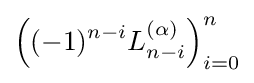
\left((-1)^{n-i}L_{n-i}^{(\alpha )}\right)_{i=0}^{n}